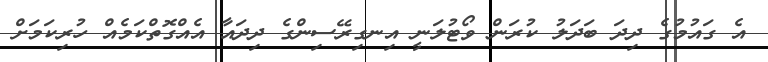
އެ ގައުމުގެ ދިދަ ބަދަލު ކުރަން ވޯޓުލަނީ އިނގިރޭސިންގެ ދިދައާ އެއްގޮތްކަމެއް ހުރިކަމަށް